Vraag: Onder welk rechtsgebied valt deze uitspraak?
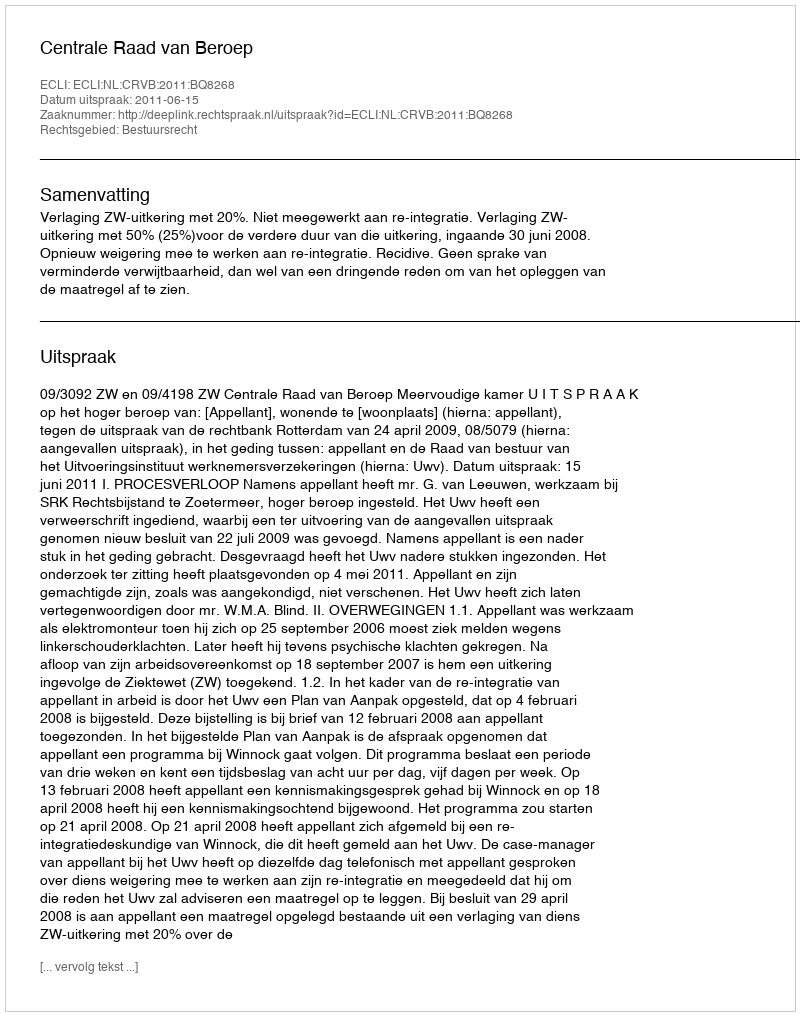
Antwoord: Bestuursrecht